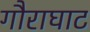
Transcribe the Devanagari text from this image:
गौराघाट